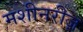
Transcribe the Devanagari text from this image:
मशीनरीज़